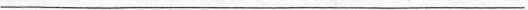
___